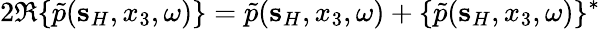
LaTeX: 2\Re\{ \tilde{p}({\mathbf s}_{H},x_{3},\omega)\} =\tilde{p}({\mathbf s}_{H},x_{3},\omega)+\{ \tilde{p}({\mathbf s}_{H},x_{3},\omega)\} ^{*}